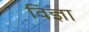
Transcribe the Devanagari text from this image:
विज्ञा